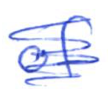
Text: of
Cross-out: scratch
Writing tool: ballpoint